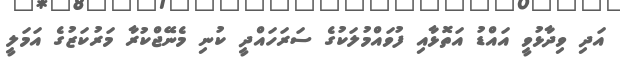
އަދި ވިދާޅުވީ އައްޑު އަތޮޅާއި ފުވައްމުލަކުގެ ސަރަހައްދީ ކުނި މެނޭޖްކުރާ މަރުކަޒުގެ އަމަލީ